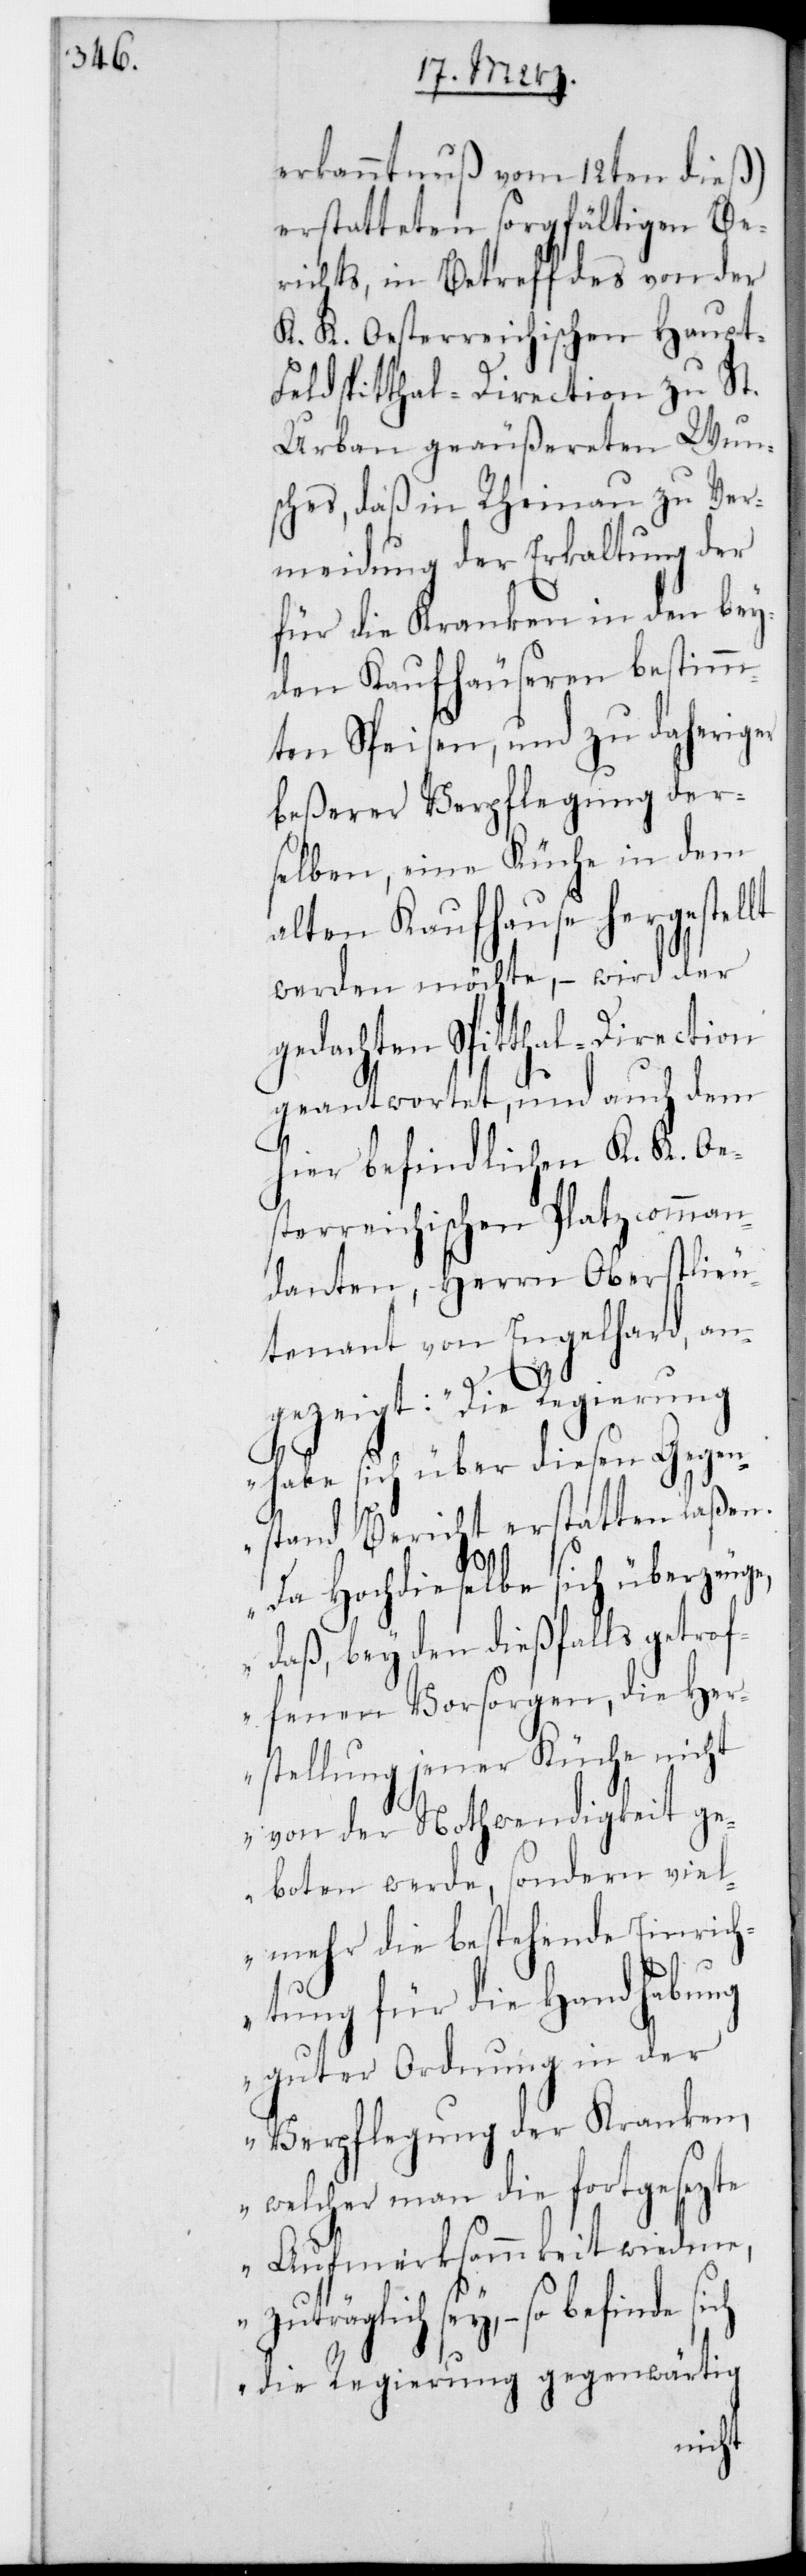
erkanntnuß vom 12ten dieß)
erstatteten sorgfältigen Be¬
richts, in Betreff des von der
K. K. Oesterreichischen Haupt¬
feldspitthal-Direction zu St.
Urban geäußereten Wun¬
sches, daß in Rheinau zu Ver¬
meidung der Erkaltung der
für die Kranken in den bey¬
den Kaufhäuseren bestimm¬
ten Speisen, und zu daheriger
beßerer Verpflegung der¬
selben, eine Küche in dem
alten Kaufhause hergestellt
werden möchte, – wird der
gedachten Spitthaldirection
geantwortet, und auch dem
hier befindlichen K. K. Oe¬
sterreichischen Platzcomman¬
danten, Herrn Oberstlieu¬
tenant von Engelhard, an¬
gezeigt: „Die Regierung
habe sich über diesen Gegen¬
stand Bericht erstatten laßen.
Da Hochdieselbe sich überzeuge,
daß bey den dießfalls getrof¬
fenen Vorsorgen, die Her¬
stellung jener Küche nicht
von der Nothwendigkeit ge¬
boten werde, sondern viel¬
mehr die bestehende Einrich¬
tung für die Handhabung
guter Ordnung in der
Verpflegung der Kranken,
welcher man die fortgesezte
Aufmerksammkeit wiederum
zuträglich sey, – so befinde
die Regierung gegenwärtig